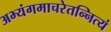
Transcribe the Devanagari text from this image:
अभ्यंगमाचरेतन्नित्यं